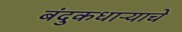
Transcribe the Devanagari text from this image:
बंदुकधाऱ्याचे